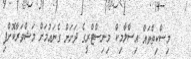
މިސްކިތްތައް އިސްލާމިކް މިނިސްޓްރީގެ ދަށަށް ގެނައުމަށް މަޝްވަރާކޮށްފި